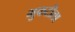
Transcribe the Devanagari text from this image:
भुकटीला